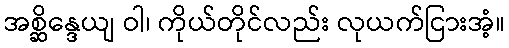
အစ္ဆိန္ဒေယျ ဝါ၊ ကိုယ်တိုင်လည်း လုယက်ငြားအံ့။